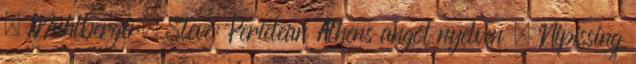
↑ Muhlberger, Steve: Periclean Athens angol nyelven . Nipissing